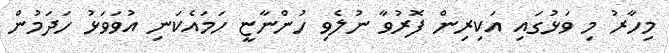
މިހާރު މި ވަޅުގައި އަކިރިން ފޮރުވާ ނުލެވި ހުންނާޏީ ހަމައެކަނި އުވަވަޅު ހަދަމުން